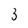
Character: 3